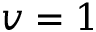
v = 1